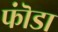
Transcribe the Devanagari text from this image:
फॊंडा